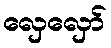
လှေလှော်